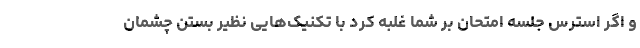
و اگر استرس جلسه امتحان بر شما غلبه کرد با تکنیک‌هایی نظیر بستن چشمان